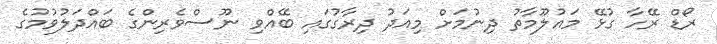
ރޯޑް ރޭހާ ގުޅޭ މައުލޫމާތު ދިނުމަށް މިއަދު ދިރާގުގައި ބޭއްވި ނޫސްވެރިންގެ ބައްދަލުވުމުގެ